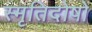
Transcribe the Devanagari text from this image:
स्मृतिदोषों